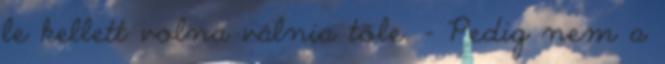
le kellett volna válnia tőle. - Pedig nem a